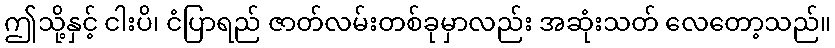
ဤသို့နှင့် ငါးပိ၊ ငံပြာရည် ဇာတ်လမ်းတစ်ခုမှာလည်း အဆုံးသတ် လေတော့သည်။